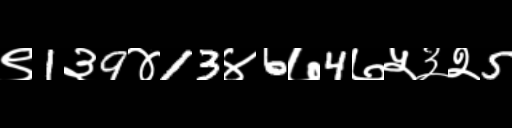
Text: ९1३9४13४6७4७५३२5